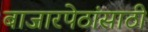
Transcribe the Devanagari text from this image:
बाजारपेठांसाठी